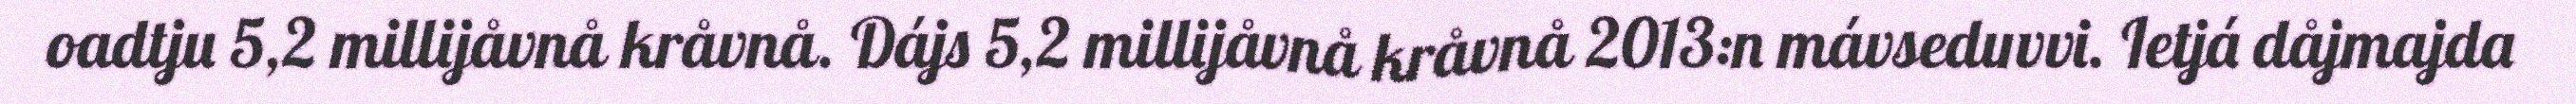
oadtju 5,2 millijåvnå kråvnå. Dájs 5,2 millijåvnå kråvnå 2013:n mávseduvvi. Ietjá dåjmajda